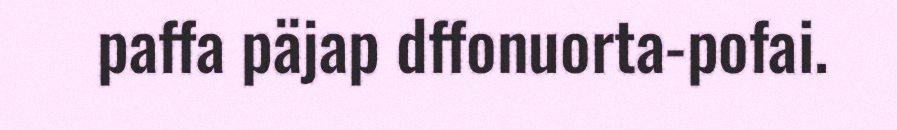
paffa päjap dffonuorta-pofai.